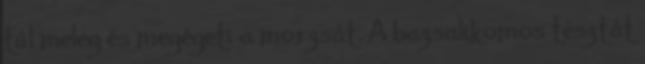
túl meleg és megégeti a morzsát. A bazsalikomos tésztát